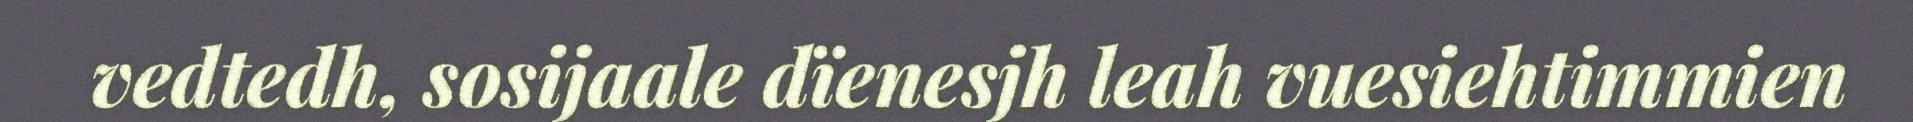
vedtedh, sosijaale dïenesjh leah vuesiehtimmien